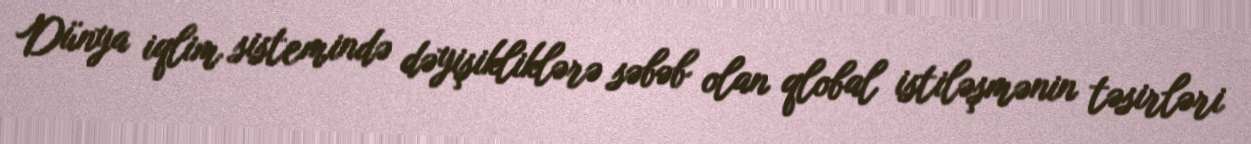
Dünya iqlim sistemində dəyişikliklərə səbəb olan qlobal istiləşmənin təsirləri